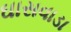
ઘાસવાડા